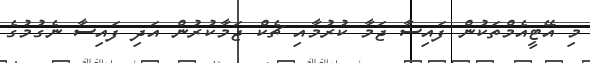
މި އޭޓީއެމްތަކުން ފައިސާ ޖަމާ ކުރުމާއި ޗެކް ޖަމާކުރުން އަދި ފައިސާ ނެގުމުގެ